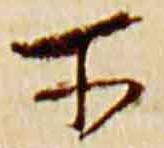
所